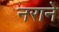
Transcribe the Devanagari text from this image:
नराने